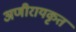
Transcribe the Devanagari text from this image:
अणीरायकृत